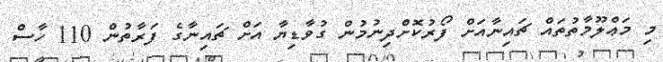
މި މަޢްލޫމާތުތައް ޗައިނާއަށް ފޯރުކޮށްދިނުމުން ގުވާޑިޔާ އަށް ޗައިނާގެ ފަރާތުން 110 ހާސް